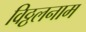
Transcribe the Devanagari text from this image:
विठ्ठलनाम